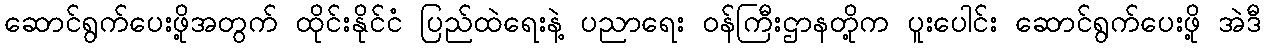
ဆောင်ရွက်ပေးဖို့အတွက် ထိုင်းနိုင်ငံ ပြည်ထဲရေးနဲ့ ပညာရေး ဝန်ကြီးဌာနတို့က ပူးပေါင်း ဆောင်ရွက်ပေးဖို့ အဲဒီ